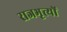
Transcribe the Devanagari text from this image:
राजभृत्यों